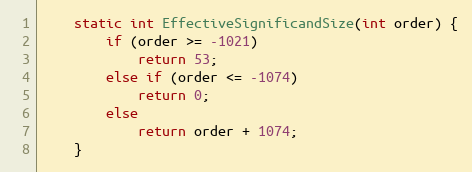
Language: C
    static int EffectiveSignificandSize(int order) {
        if (order >= -1021)
            return 53;
        else if (order <= -1074)
            return 0;
        else
            return order + 1074;
    }